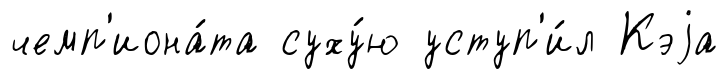
чемп'иона́та суху́ю уступ'и́л Кэjа